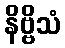
နိဗ္ဗိသံ